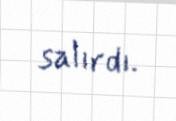
salırdı.